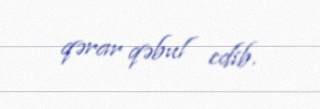
qərar qəbul edib.